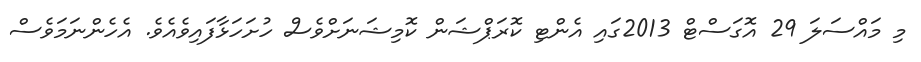
މި މައްސަލަ 29 އޮގަސްޓް 2013ގައި އެންޓި ކޮރަޕްޝަން ކޮމިޝަނަށްވެސް ހުށަހަޅާފައިވެއެވެ. އެހެންނަމަވެސް